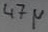
Text: 47µ